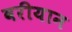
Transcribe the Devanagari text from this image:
वरीयान